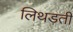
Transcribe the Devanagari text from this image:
लिथड़ती